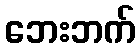
ဘေးဘက်